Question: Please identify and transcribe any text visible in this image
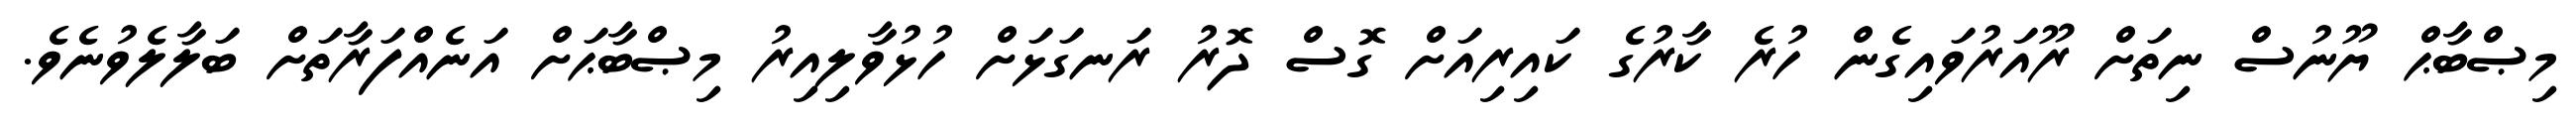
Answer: މިޞްބާޙް ޔޫނުސް ނިތަށް ރޫއަރުވައިގެން ހުރެ ކާރުގެ ކައިރިއަށް ގޮސް ދޮރު ރަނގަޅަށް ހުޅުވާލިއިރު މިޞްބާޙަށް އަނެއްފަރާތަށް ބަލާލެވުނެވެ.